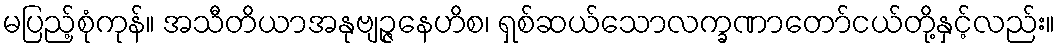
မပြည့်စုံကုန်။ အသီတိယာအနုဗျဉ္ဇနေဟိစ၊ ရှစ်ဆယ်သောလက္ခဏာတော်ငယ်တို့နှင့်လည်း။